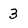
Character: 3